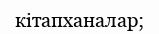
кітапханалар;